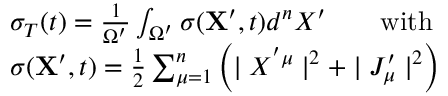
\begin{array} { r l } & { \sigma _ { T } ( t ) = \frac { 1 } { { \Omega } ^ { \prime } } \int _ { \Omega ^ { \prime } } \sigma ( { \bf X } ^ { \prime } , t ) d ^ { n } X ^ { \prime } \qquad \mathrm { w i t h } } \\ & { \sigma ( { \bf X } ^ { \prime } , t ) = \frac { 1 } { 2 } \sum _ { \mu = 1 } ^ { n } \left( \mid X ^ { ' \mu } \mid ^ { 2 } + \mid J _ { \mu } ^ { \prime } \mid ^ { 2 } \right) } \end{array}